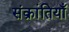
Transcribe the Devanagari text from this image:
संक्रांतियाँ